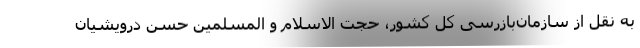
به نقل از سازمان‌بازرسی کل کشور، حجت الاسلام و المسلمین حسن درویشیان